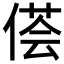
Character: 𱏁